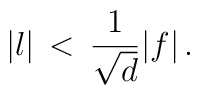
\vert l \vert \, < \, {1 \over {\sqrt{d}}} \vert f \vert \,.